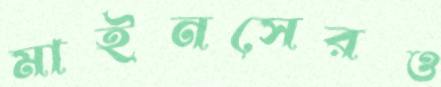
মাইনসেরও